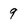
Character: 9